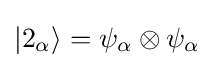
|2_{\alpha }\rangle =\psi _{\alpha }\otimes \psi _{\alpha }